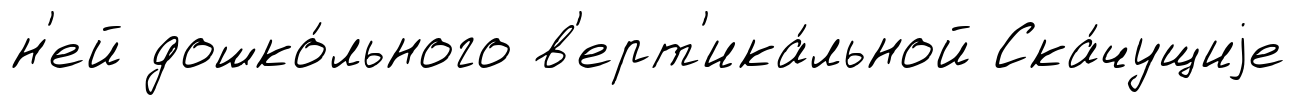
н'ей дошко́льного в'ерт'ика́льной Ска́чущиjе